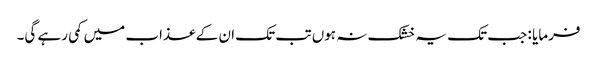
فرمایا : جب تک یہ خشک نہ ہوں تب تک ان کے عذاب میں کمی رہے گی۔